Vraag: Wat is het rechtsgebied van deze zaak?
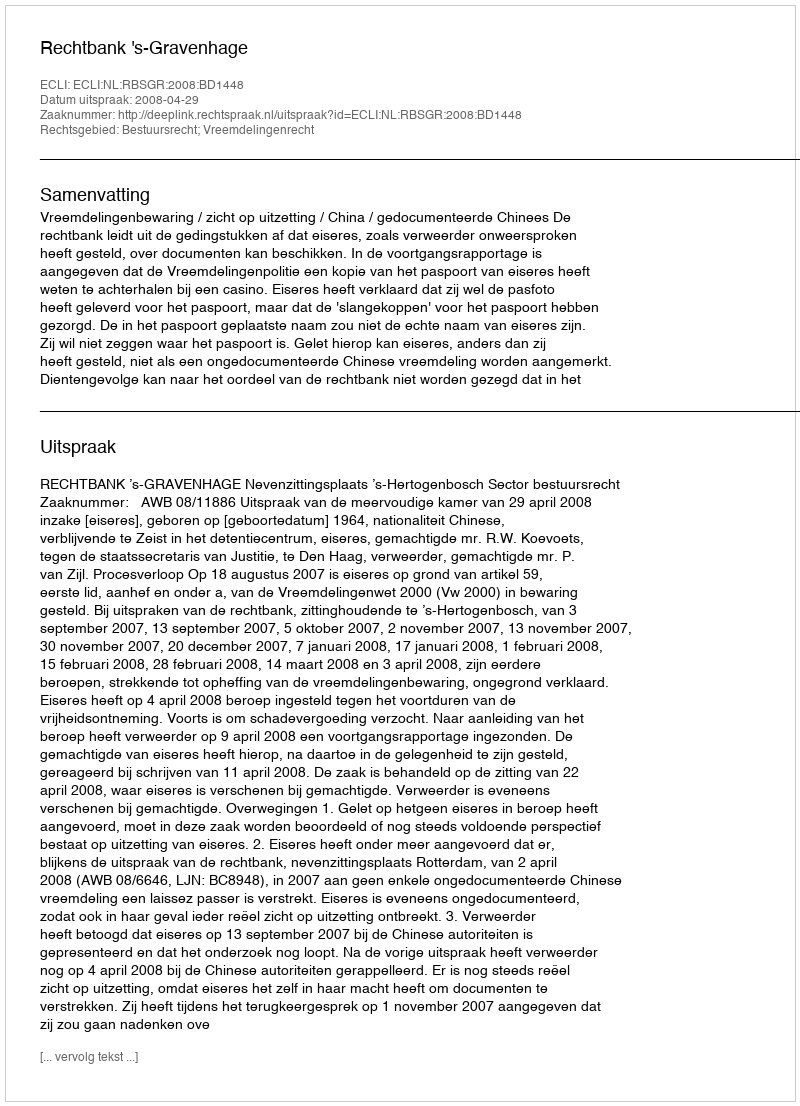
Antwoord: Bestuursrecht; Vreemdelingenrecht